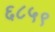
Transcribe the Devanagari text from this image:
६८५९